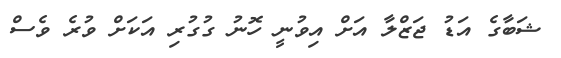
ޝަބާގެ އަޑު ޖަޒްލާ އަށް އިވުނީ ހޮނު ގުގުރި އަކަށް ވުރެ ވެސް